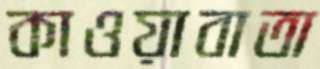
কাওয়াবাতা